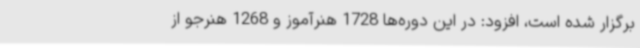
برگزار شده است، افزود: در این دوره‌ها 1728 هنرآموز و 1268 هنرجو از